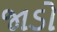
જાડો